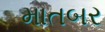
માતબર